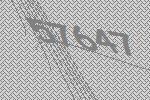
57647